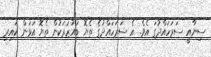
ސިނާއީ ސަރަހައްދުގަ އެވެ. އެ ސަރަހައްދުގެ ތެޔޮ ބައުޒަރަކުން ތެޔޮ އަޅަން ކައިރި